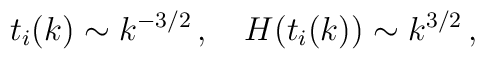
t_i(k) \sim k^{-3/2}\,,~~~H(t_i(k)) \sim k^{3/2}\,,